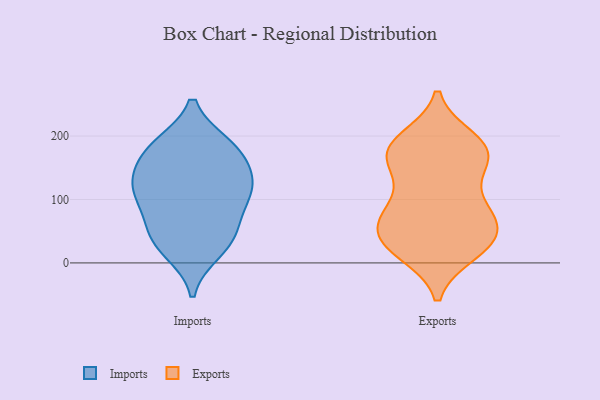
{"axis": {"x": "Backlog", "y": "Value"}, "legend": ["Exports", "Imports"], "data": [{"x": "", "y": 162, "type": "Imports"}, {"x": "", "y": 149, "type": "Imports"}, {"x": "", "y": 18, "type": "Imports"}, {"x": "", "y": 121, "type": "Imports"}, {"x": "", "y": 186, "type": "Imports"}, {"x": "", "y": 104, "type": "Imports"}, {"x": "", "y": 53, "type": "Imports"}, {"x": "", "y": 66, "type": "Imports"}, {"x": "", "y": 126, "type": "Imports"}, {"x": "", "y": 183, "type": "Imports"}, {"x": "", "y": 112, "type": "Imports"}, {"x": "", "y": 44, "type": "Imports"}, {"x": "", "y": 109, "type": "Imports"}, {"x": "", "y": 25, "type": "Imports"}, {"x": "", "y": 186, "type": "Imports"}, {"x": "", "y": 17, "type": "Exports"}, {"x": "", "y": 185, "type": "Exports"}, {"x": "", "y": 92, "type": "Exports"}, {"x": "", "y": 23, "type": "Exports"}, {"x": "", "y": 62, "type": "Exports"}, {"x": "", "y": 75, "type": "Exports"}, {"x": "", "y": 168, "type": "Exports"}, {"x": "", "y": 133, "type": "Exports"}, {"x": "", "y": 182, "type": "Exports"}, {"x": "", "y": 166, "type": "Exports"}, {"x": "", "y": 24, "type": "Exports"}, {"x": "", "y": 165, "type": "Exports"}, {"x": "", "y": 194, "type": "Exports"}, {"x": "", "y": 41, "type": "Exports"}, {"x": "", "y": 90, "type": "Exports"}, {"x": "", "y": 46, "type": "Exports"}, {"x": "", "y": 74, "type": "Exports"}, {"x": "", "y": 34, "type": "Exports"}, {"x": "", "y": 179, "type": "Exports"}]}